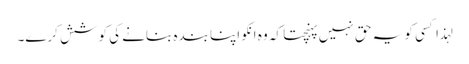
لہذا کسی کو یہ حق نہیں پہنچتا کہ وہ انکو اپنا بندہ بنانے کی کوشش کرے۔